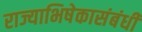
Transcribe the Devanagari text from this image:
राज्याभिषेकासंबंधी